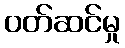
ဝတ်ဆင်မှု